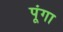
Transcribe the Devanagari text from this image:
पूंगा